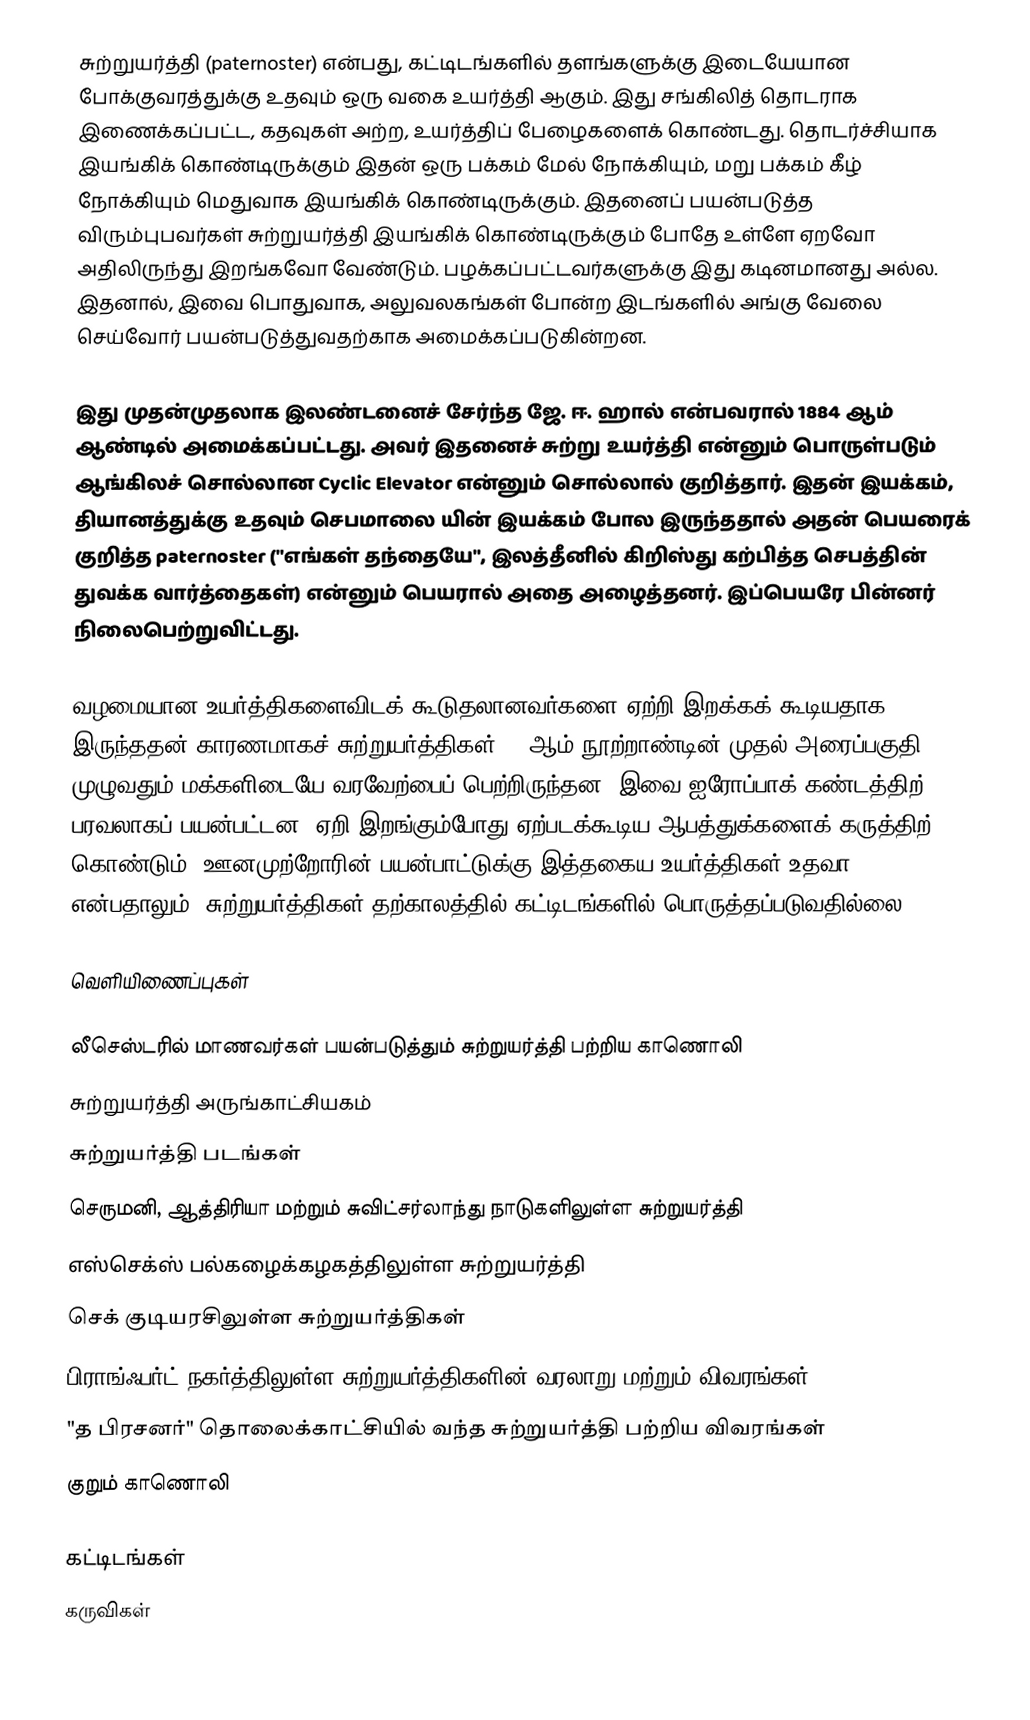
சுற்றுயர்த்தி (paternoster) என்பது, கட்டிடங்களில் தளங்களுக்கு இடையேயான போக்குவரத்துக்கு உதவும் ஒரு வகை உயர்த்தி ஆகும். இது சங்கிலித் தொடராக இணைக்கப்பட்ட, கதவுகள் அற்ற, உயர்த்திப் பேழைகளைக் கொண்டது. தொடர்ச்சியாக இயங்கிக் கொண்டிருக்கும் இதன் ஒரு பக்கம் மேல் நோக்கியும், மறு பக்கம் கீழ் நோக்கியும் மெதுவாக இயங்கிக் கொண்டிருக்கும். இதனைப் பயன்படுத்த விரும்புபவர்கள் சுற்றுயர்த்தி இயங்கிக் கொண்டிருக்கும் போதே உள்ளே ஏறவோ அதிலிருந்து இறங்கவோ வேண்டும். பழக்கப்பட்டவர்களுக்கு இது கடினமானது அல்ல. இதனால், இவை பொதுவாக, அலுவலகங்கள் போன்ற இடங்களில் அங்கு வேலை செய்வோர் பயன்படுத்துவதற்காக அமைக்கப்படுகின்றன.

இது முதன்முதலாக இலண்டனைச் சேர்ந்த ஜே. ஈ. ஹால் என்பவரால் 1884 ஆம் ஆண்டில் அமைக்கப்பட்டது. அவர் இதனைச் சுற்று உயர்த்தி என்னும் பொருள்படும் ஆங்கிலச் சொல்லான Cyclic Elevator என்னும் சொல்லால் குறித்தார். இதன் இயக்கம், தியானத்துக்கு உதவும் செபமாலை யின் இயக்கம் போல இருந்ததால் அதன் பெயரைக் குறித்த paternoster ("எங்கள் தந்தையே", இலத்தீனில் கிறிஸ்து கற்பித்த செபத்தின் துவக்க வார்த்தைகள்) என்னும் பெயரால் அதை அழைத்தனர். இப்பெயரே பின்னர் நிலைபெற்றுவிட்டது.

வழமையான உயர்த்திகளைவிடக் கூடுதலானவர்களை ஏற்றி இறக்கக் கூடியதாக இருந்ததன் காரணமாகச் சுற்றுயர்த்திகள் 20 ஆம் நூற்றாண்டின் முதல் அரைப்பகுதி முழுவதும் மக்களிடையே வரவேற்பைப் பெற்றிருந்தன. இவை ஐரோப்பாக் கண்டத்திற் பரவலாகப் பயன்பட்டன. ஏறி இறங்கும்போது ஏற்படக்கூடிய ஆபத்துக்களைக் கருத்திற் கொண்டும், ஊனமுற்றோரின் பயன்பாட்டுக்கு இத்தகைய உயர்த்திகள் உதவா என்பதாலும், சுற்றுயர்த்திகள் தற்காலத்தில் கட்டிடங்களில் பொருத்தப்படுவதில்லை.

வெளியிணைப்புகள்

 லீசெஸ்டரில் மாணவர்கள் பயன்படுத்தும் சுற்றுயர்த்தி பற்றிய காணொலி
 சுற்றுயர்த்தி அருங்காட்சியகம்
 சுற்றுயர்த்தி படங்கள்
 செருமனி, ஆத்திரியா மற்றும் சுவிட்சர்லாந்து நாடுகளிலுள்ள சுற்றுயர்த்தி
 எஸ்செக்ஸ் பல்கழைக்கழகத்திலுள்ள சுற்றுயர்த்தி
 செக் குடியரசிலுள்ள சுற்றுயர்த்திகள்
 பிராங்ஃபர்ட் நகர்த்திலுள்ள சுற்றுயர்த்திகளின் வரலாறு மற்றும் விவரங்கள்
 "த பிரசனர்" தொலைக்காட்சியில் வந்த சுற்றுயர்த்தி பற்றிய விவரங்கள்
 குறும் காணொலி

கட்டிடங்கள்
கருவிகள்